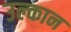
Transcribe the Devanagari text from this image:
उल्कान